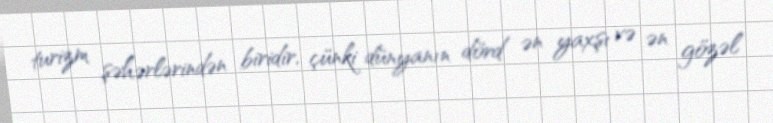
turizm şəhərlərindən biridir, çünki dünyanın dörd ən yaxşı və ən gözəl